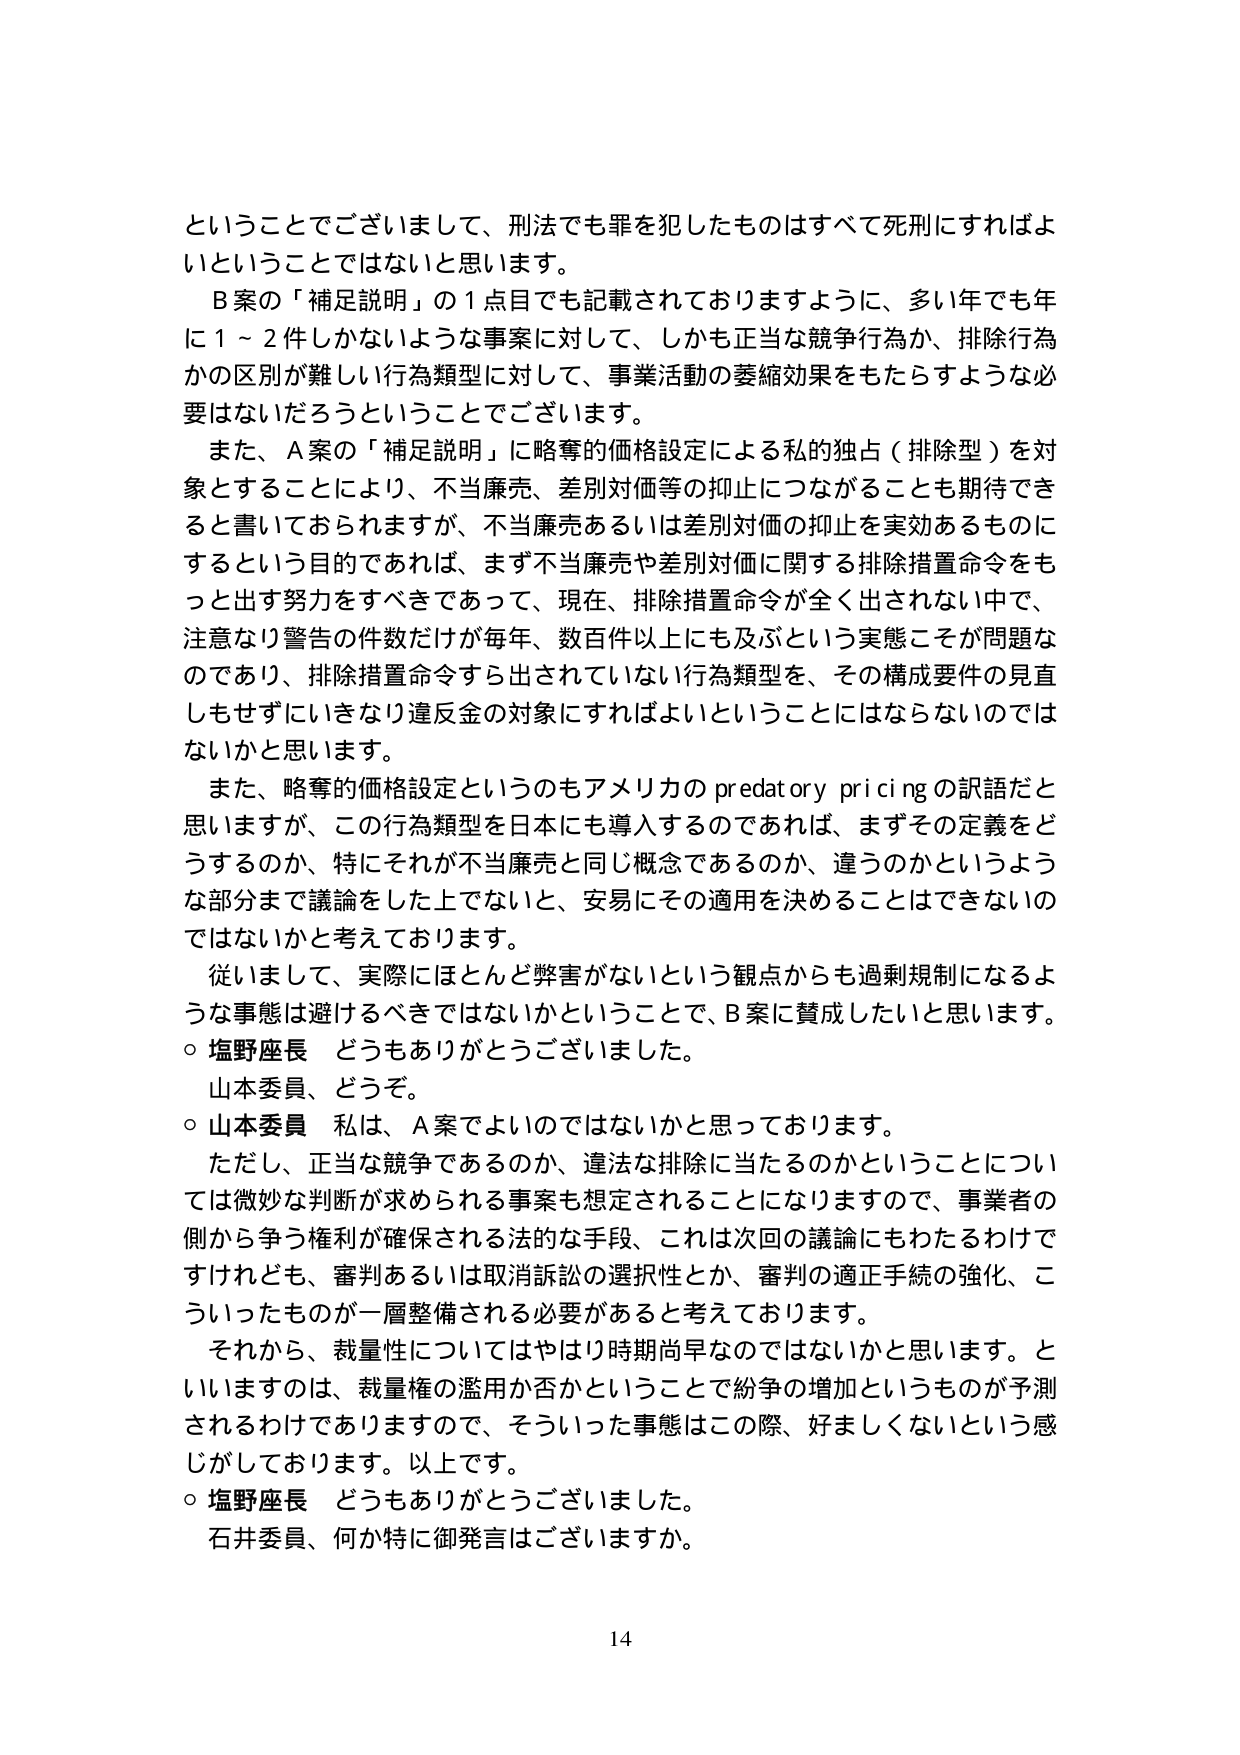
ということでございまして、刑法でも罪を犯したものはすべて死刑にすればよいということではないと思います。

B案の「補足説明」の1点目でも記載されておりますように、多い年でも年に1～2件しかないような事案に対して、しかも正当な競争行為か、排除行為かの区別が難しい行為類型に対して、事業活動の萎縮効果をもたらすような必要はないだろうということでございます。

また、A案の「補足説明」に略奪的価格設定による私的独占（排除型）を対象とすることにより、不当廉売、差別対価等の抑止につながることも期待できると書いておられますが、不当廉売あるいは差別対価の抑止を実効あるものにするという目的であれば、まず不当廉売や差別対価に関する排除措置命令をもつと出す努力をすべきであって、現在、排除措置命令が全く出されない中で、注意なり警告の件数だけが毎年、数百件以上にも及ぶという実態こそが問題なのであり、排除措置命令すら出されていない行為類型を、その構成要件の見直しもせずにいきなり違反金の対象にすればよいということにはならないのではないかと思います。

また、略奪的価格設定というのもアメリカの predatory pricing の訳語だと思いますが、この行為類型を日本にも導入するのであれば、まずその定義をどうするのか、特にそれが不当廉売と同じ概念であるのか、違うのかというような部分まで議論をした上でないと、安易にその適用を決めることはできないのではないかと考えております。

従いまして、実際にはほとんど弊害がないという観点からも過剰規制になるような事態は避けるべきではないかということで、B案に賛成したいと思います。

○ 塩野座長 どうもありがとうございました。
山本委員、どうぞ。

○ 山本委員 私は、A案でよいのではないかと思っております。
ただし、正当な競争であるのか、違法な排除に当たるのかということについては微妙な判断が求められる事案も想定されることになりますので、事業者の側から争う権利が確保される法的な手段、これは次回の議論にもわたるわけですけれども、審判あるいは取消訴訟の選択性とか、審判の適正手続の強化、こういったものが一層整備される必要があると考えております。

それから、裁量性についてはやはり時期尚早なのではないかと思います。といいますのは、裁量権の濫用か否かということで紛争の増加というものが予測されるわけでありますので、そういった事態はこの際、好ましくないという感じがしております。以上です。

○ 塩野座長 どうもありがとうございました。
石井委員、何か特に御発言はございますか。

14